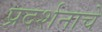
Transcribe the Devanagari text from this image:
प्रदर्शनाचे